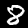
Label: 8